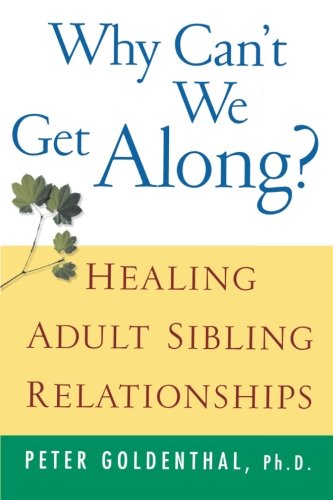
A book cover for Why Can't We Get Along: Healing Adult Sibling Relationships; Peter Goldenthal; Parenting & Relationships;